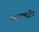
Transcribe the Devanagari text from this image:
आरामक्षेत्र